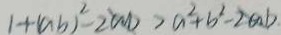
1 + ( a b ) ^ { 2 } - 2 ( m ) > a ^ { 2 } + b ^ { 2 } - 2 a b